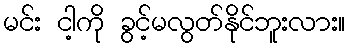
မင်း ငါ့ကို ခွင့်မလွတ်နိုင်ဘူးလား။